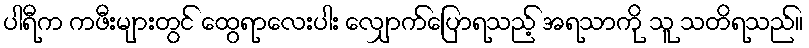
ပါရီက ကဖီးများတွင် ထွေရာလေးပါး လျှောက်ပြောရသည့် အရသာကို သူ သတိရသည်။